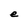
Character: e